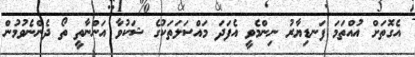
އެގޮތަށް އުއްތަމަ ފަނޑިޔާރު ނިންމެވީ އެފަދަ މައްސަލަތަކުގެ ޝަކުވާ އަންނާތީ ތޯ ދެންނެވުމުން